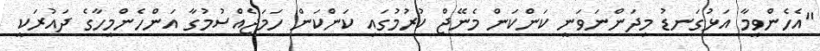
"އެހެންވީމާ އަޅުގަނޑު މިދަންނަވަނީ ކަންކަން މެނޭޖް ކުރުމުގައި ކަންކަން ހަމަޖެއްސުމުގާ އަންހެންމީހާގެ ދައުރަކީ